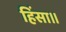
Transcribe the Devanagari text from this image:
हिंसा।।